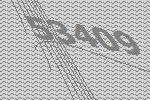
53409